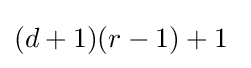
(d+1)(r-1)+1\